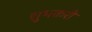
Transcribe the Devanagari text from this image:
शुभकरी